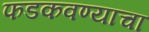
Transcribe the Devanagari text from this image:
फडकवण्याचा